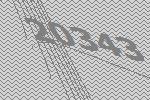
20343